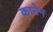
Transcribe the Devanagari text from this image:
कानेम